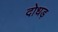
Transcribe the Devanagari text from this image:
दोधड़